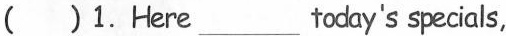
( )1. Here ___ today's specials,